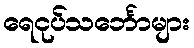
ရေငုပ်သင်္ဘောများ